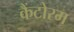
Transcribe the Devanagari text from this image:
कैंटोरम